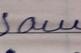
Signature authenticity: forged